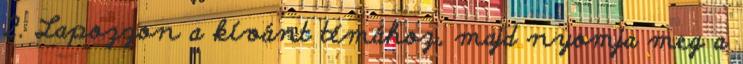
2. Lapozzon a kívánt témához, majd nyomja meg a